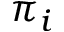
\pi _ { i }